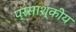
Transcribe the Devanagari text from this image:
प्रसाश्कीय